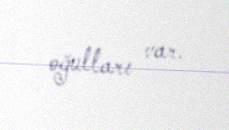
oğulları var.